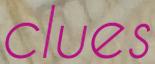
clues